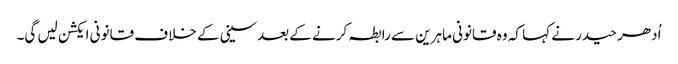
اُدھر حیدر نے کہا کہ وہ قانونی ماہرین سے رابطہ کرنے کے بعدسینی کے خلاف قانونی ایکشن لیں گی۔